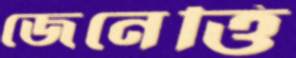
জেনেত্তি